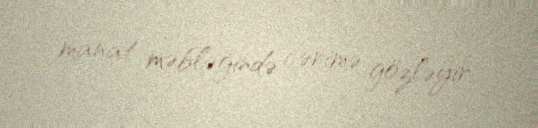
manat məbləğində cərimə gözləyir.